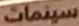
سينمات